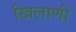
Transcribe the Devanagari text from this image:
खिलाणी